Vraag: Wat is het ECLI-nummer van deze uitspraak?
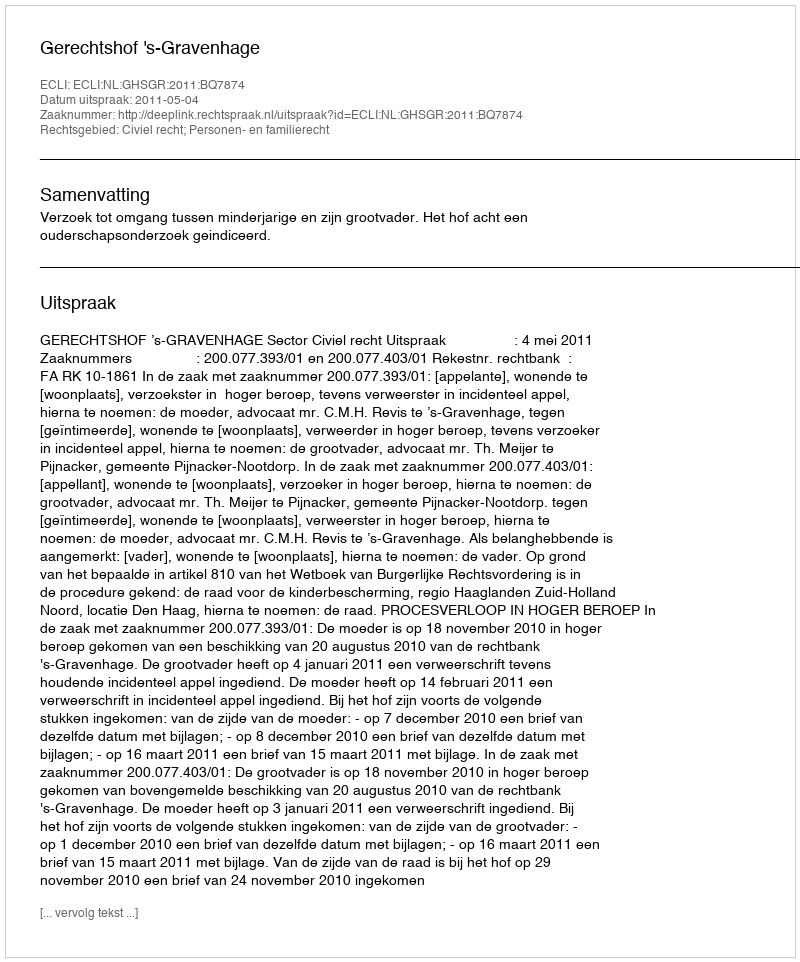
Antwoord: ECLI:NL:GHSGR:2011:BQ7874